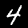
Digit: 4